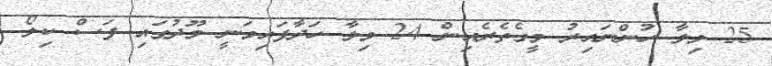
25 ވިލާ ހުންނައިރު މީގެތެރެއިން 24 ވިލާ ހަދާފައިވަނީ މޫދުގައި ފަސް ކިލޯ